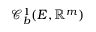
\mathcal { C } _ { b } ^ { 1 } ( E , \mathbb { R } ^ { m } )